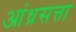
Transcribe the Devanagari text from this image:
आंध्रसत्ता